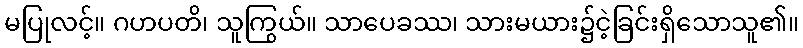
မပြုလင့်။ ဂဟပတိ၊ သူကြွယ်။ သာပေခဿ၊ သားမယား၌ငဲ့ခြင်းရှိသောသူ၏။